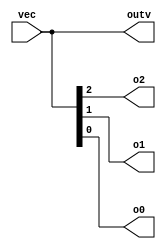
module top_module ( 
    input wire [2:0] vec, // This is a vector of bits holding three bits vec[2], vec[1] and vec[0].
    output wire [2:0] outv,
    output wire o2,
    output wire o1,
    output wire o0  ); // Module body starts after module declaration

    assign outv = vec;
    assign o0 = vec[0];
    assign o1 = vec[1];
    assign o2 = vec[2];
    
endmodule